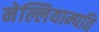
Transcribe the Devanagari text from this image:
नेल्लियाम्पति